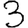
Digit: 3